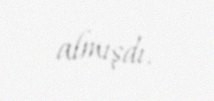
almışdı.